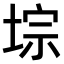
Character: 𫮁